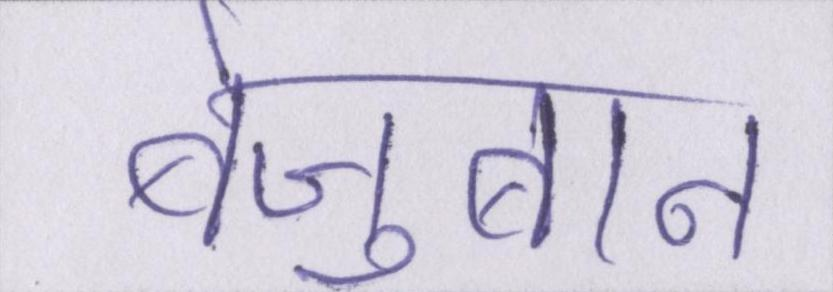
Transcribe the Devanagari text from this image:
बेज़ुबान